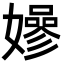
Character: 𡣏